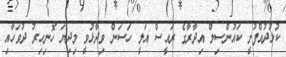
ކުޅުދުއްފުށީ ކައުންސިލް އިދާރާގެ ރައީސް އަލީ ހަސަން ވިދާޅުވީ މިދިޔަ ހޮނިހިރު ދުވަހާއި